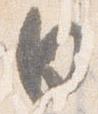
日